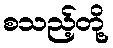
စသည့်တို့